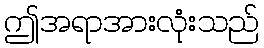
ဤအရာအားလုံးသည်